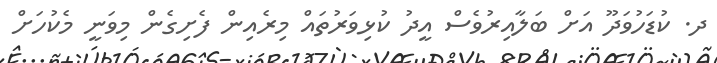
ދ. ކުޑަހުވަދޫ އަށް ބަލާއިރުވެސް އީދު ކުޅިވަރުތައް މިރެއިން ފެށިގެން މިވަނީ މެކުހަށް